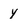
Character: Y